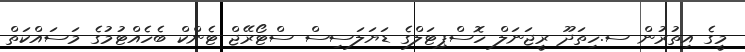
މީގެ އިތުރުން ސ.ހިތަދޫ ރީޖަނަލް ހޮސްޕިޓަލްގެ ޑަޔަލަސިސް ސްޓޯރޭޖް ޓެންކް ބެހެއްޓުމުގެ މަސައްކަތް